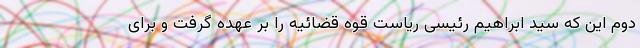
دوم این که سید ابراهیم رئیسی ریاست قوه قضائیه را بر عهده گرفت و برای